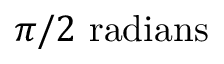
\pi / 2 ~ \mathrm { r a d i a n s }